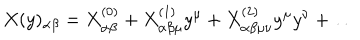
X ( y ) _ { \alpha \beta } = X _ { \alpha \beta } ^ { ( 0 ) } + X _ { \alpha \beta \mu } ^ { ( 1 ) } y ^ { \mu } + X _ { \alpha \beta \mu \nu } ^ { ( 2 ) } y ^ { \mu } y ^ { \nu } + \dots